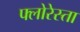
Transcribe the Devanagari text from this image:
फ्लोरेस्ता